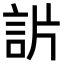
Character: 𧦓